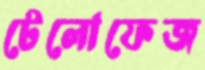
টেলোফেজ